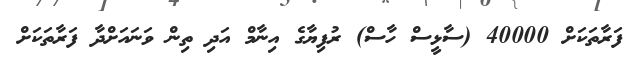
ފަރާތަކަށް 40000 (ސާޅީސް ހާސް) ރުފިޔާގެ އިނާމް އަދި ތިން ވަނައަށްދާ ފަރާތަކަށް